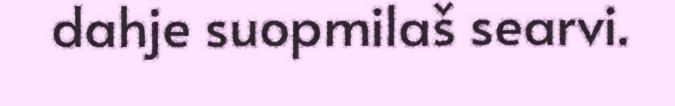
dahje suopmilaš searvi.